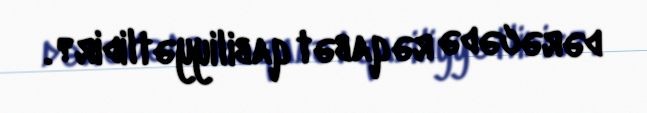
dərəcədə rəqabət qabiliyyətlidir?.